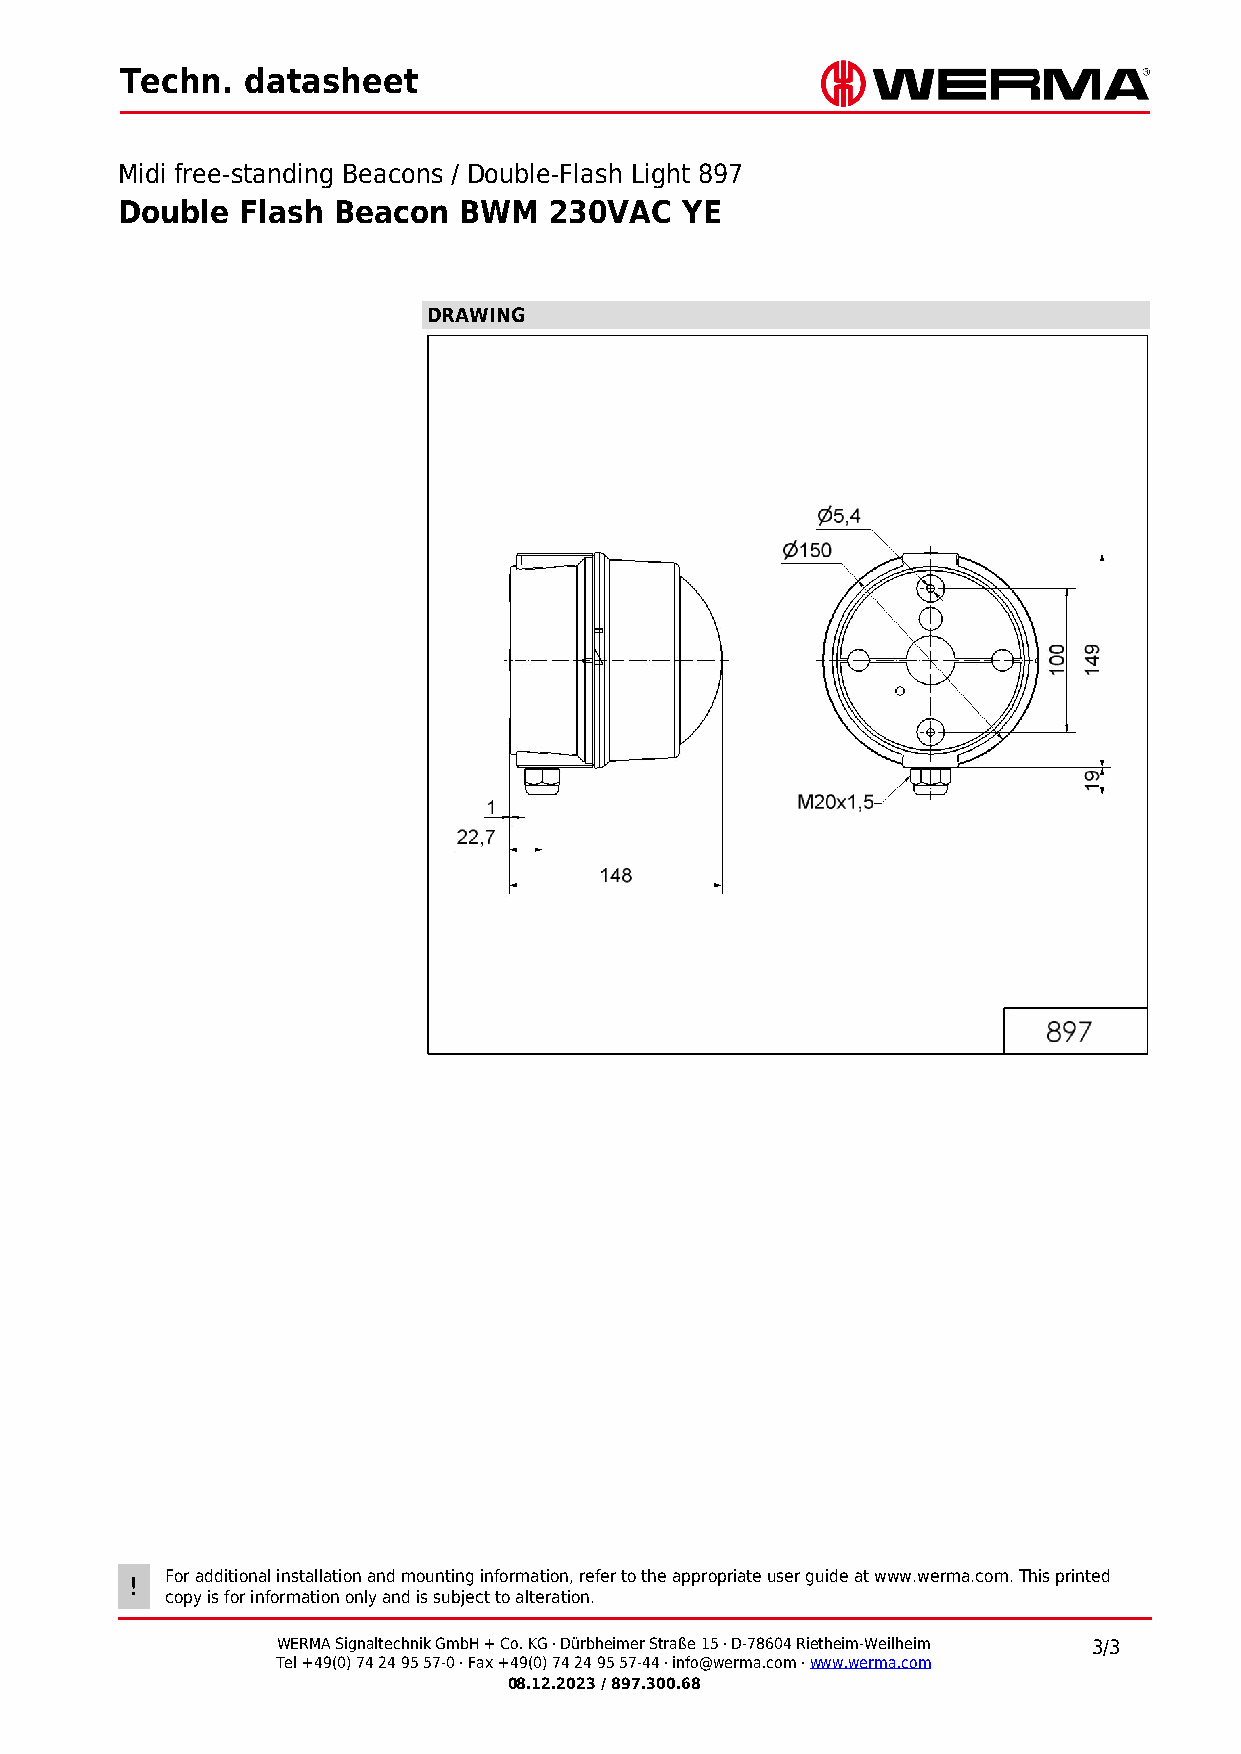
Techn.  datasheet
 Midi free-standing Beacons / Double-Flash Light 897
 Double  Flash Beacon  BWM   230VAC   YE
 DRAWING
 For additional installation and mounting information, refer to the appropriate user guide at www.werma.com. This printed
 !
 copy is for information only and is subject to alteration.
 WERMA Signaltechnik GmbH + Co. KG · Dürbheimer Straße 15 · D-78604 Rietheim-Weilheim 3/3
 Tel +49(0) 74 24 95 57-0 · Fax +49(0) 74 24 95 57-44 · info@werma.com · www.werma.com
 08.12.2023 / 897.300.68